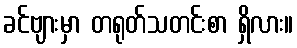
ခင်ဗျားမှာ တရုတ်သတင်းစာ ရှိလား။